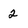
Character: 2